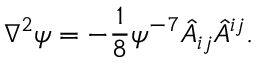
\nabla ^ { 2 } \psi = - \frac { 1 } { 8 } \psi ^ { - 7 } \hat { A } _ { i j } \hat { A } ^ { i j } .